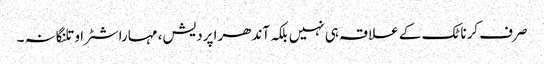
صرف کرناٹک کے علاقہ ہی نہیں بلکہ آندھرا پردیش، مہاراشٹرا و تلنگانہ ۔